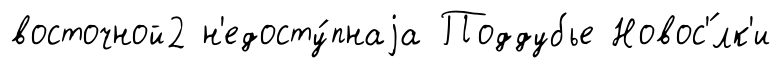
восточной2 н'едосту́пнаjа Поддубье Новос'́лк'и